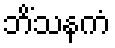
ဘိံသနကံ